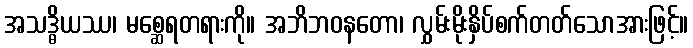
အသဒ္ဓိယဿ၊ မစ္ဆေရတရားကို။ အဘိဘဝနတော၊ လွှမ်းမိုးနှိပ်စက်တတ်သောအားဖြင့်။